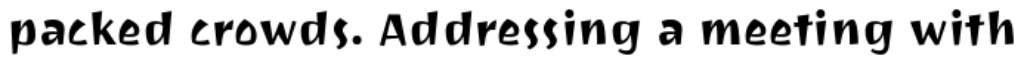
packed crowds. Addressing a meeting with